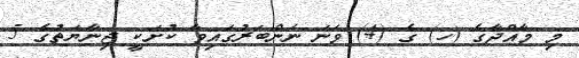
މި މާއްދާގެ (ހ) ގެ (4) ވަނަ ނަންބަރުގައިވާ ކުށަކީ ޖިނާޔަތުގެ 5